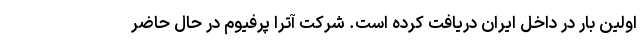
اولین بار در داخل ایران دریافت کرده است. شرکت آترا پرفیوم در حال حاضر